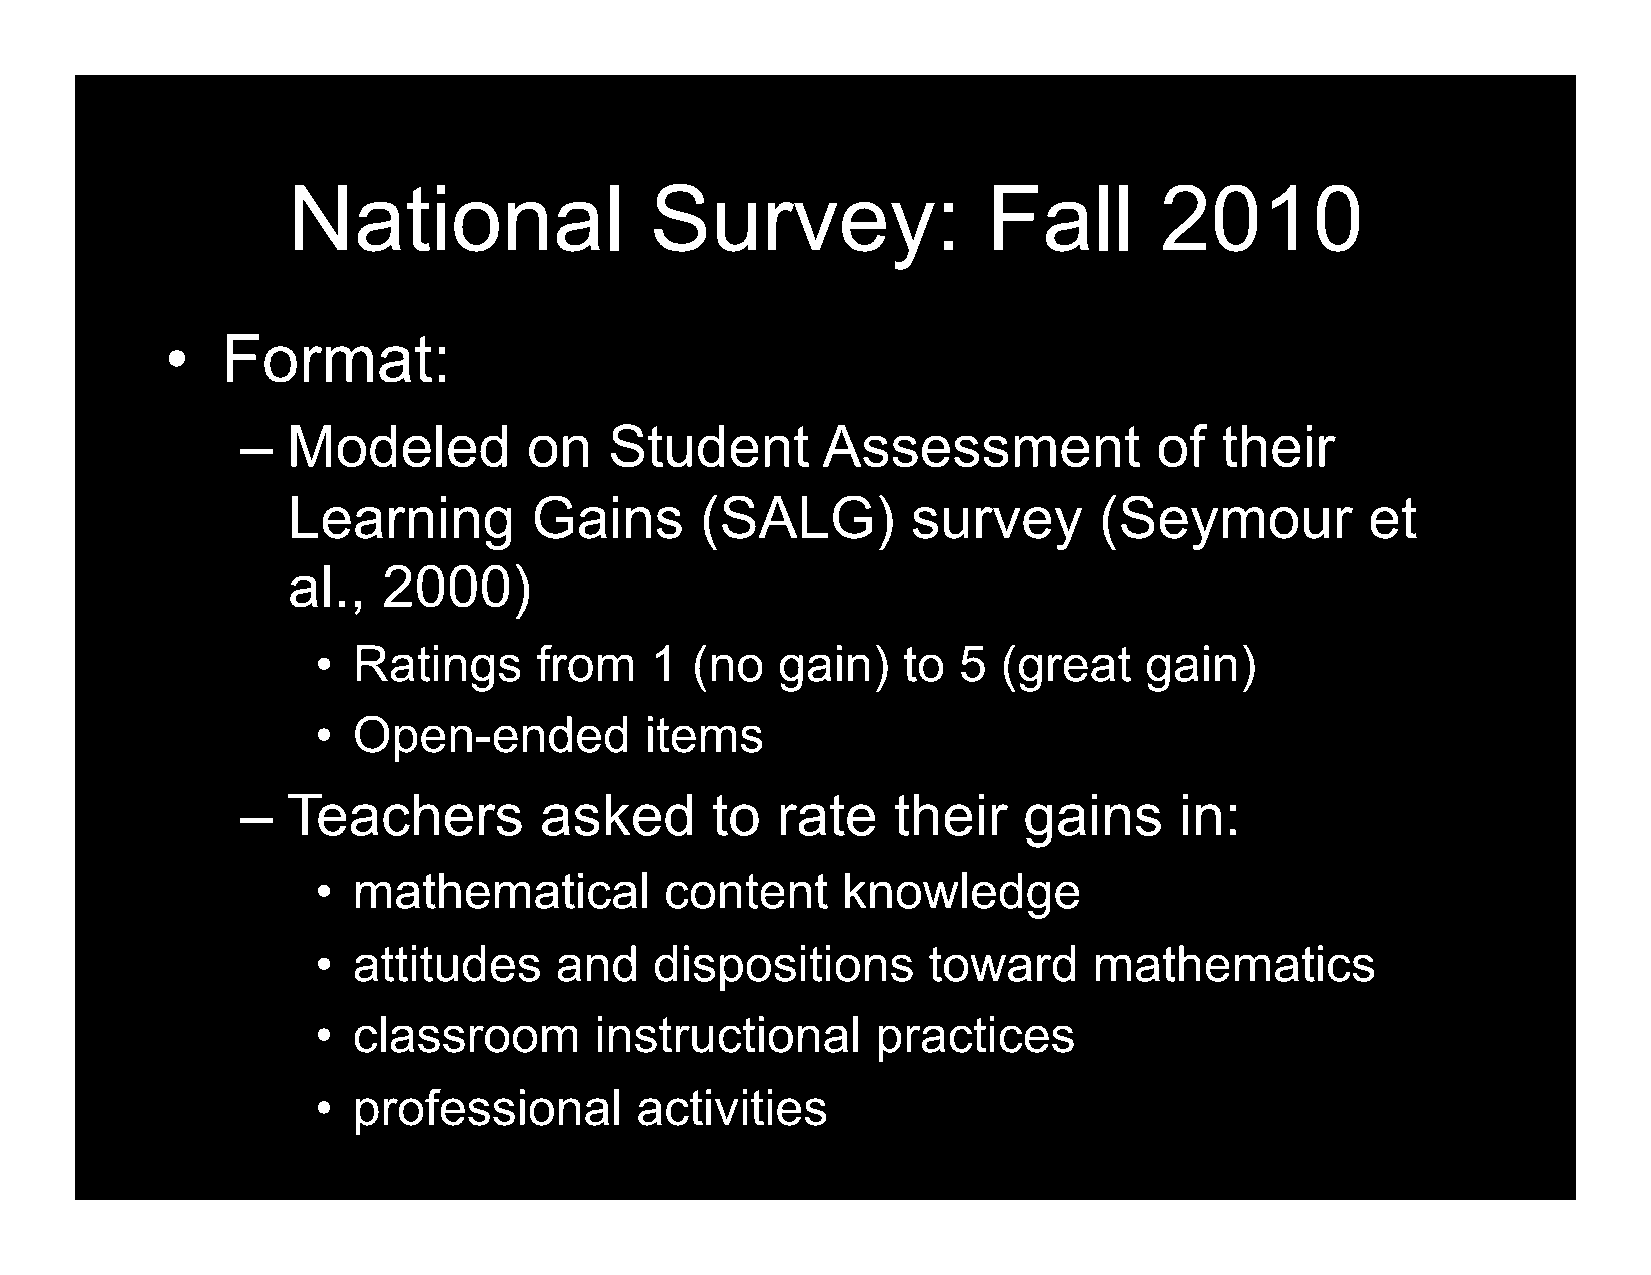
National                Survey:               Fall        2010
 •   Format:
 –  Modeled         on   Student       Assessment             of  their
 Learning        Gains      (SALG)        survey       (Seymour          et
 al.,  2000)
 • Ratings     from    1  (no  gain)    to 5  (great    gain)
 • Open-ended          items
 –  Teachers         asked      to  rate    their    gains     in:
 • mathematical         content     knowledge
 • attitudes     and   dispositions      toward     mathematics
 • classroom       instructional      practices
 • professional       activities